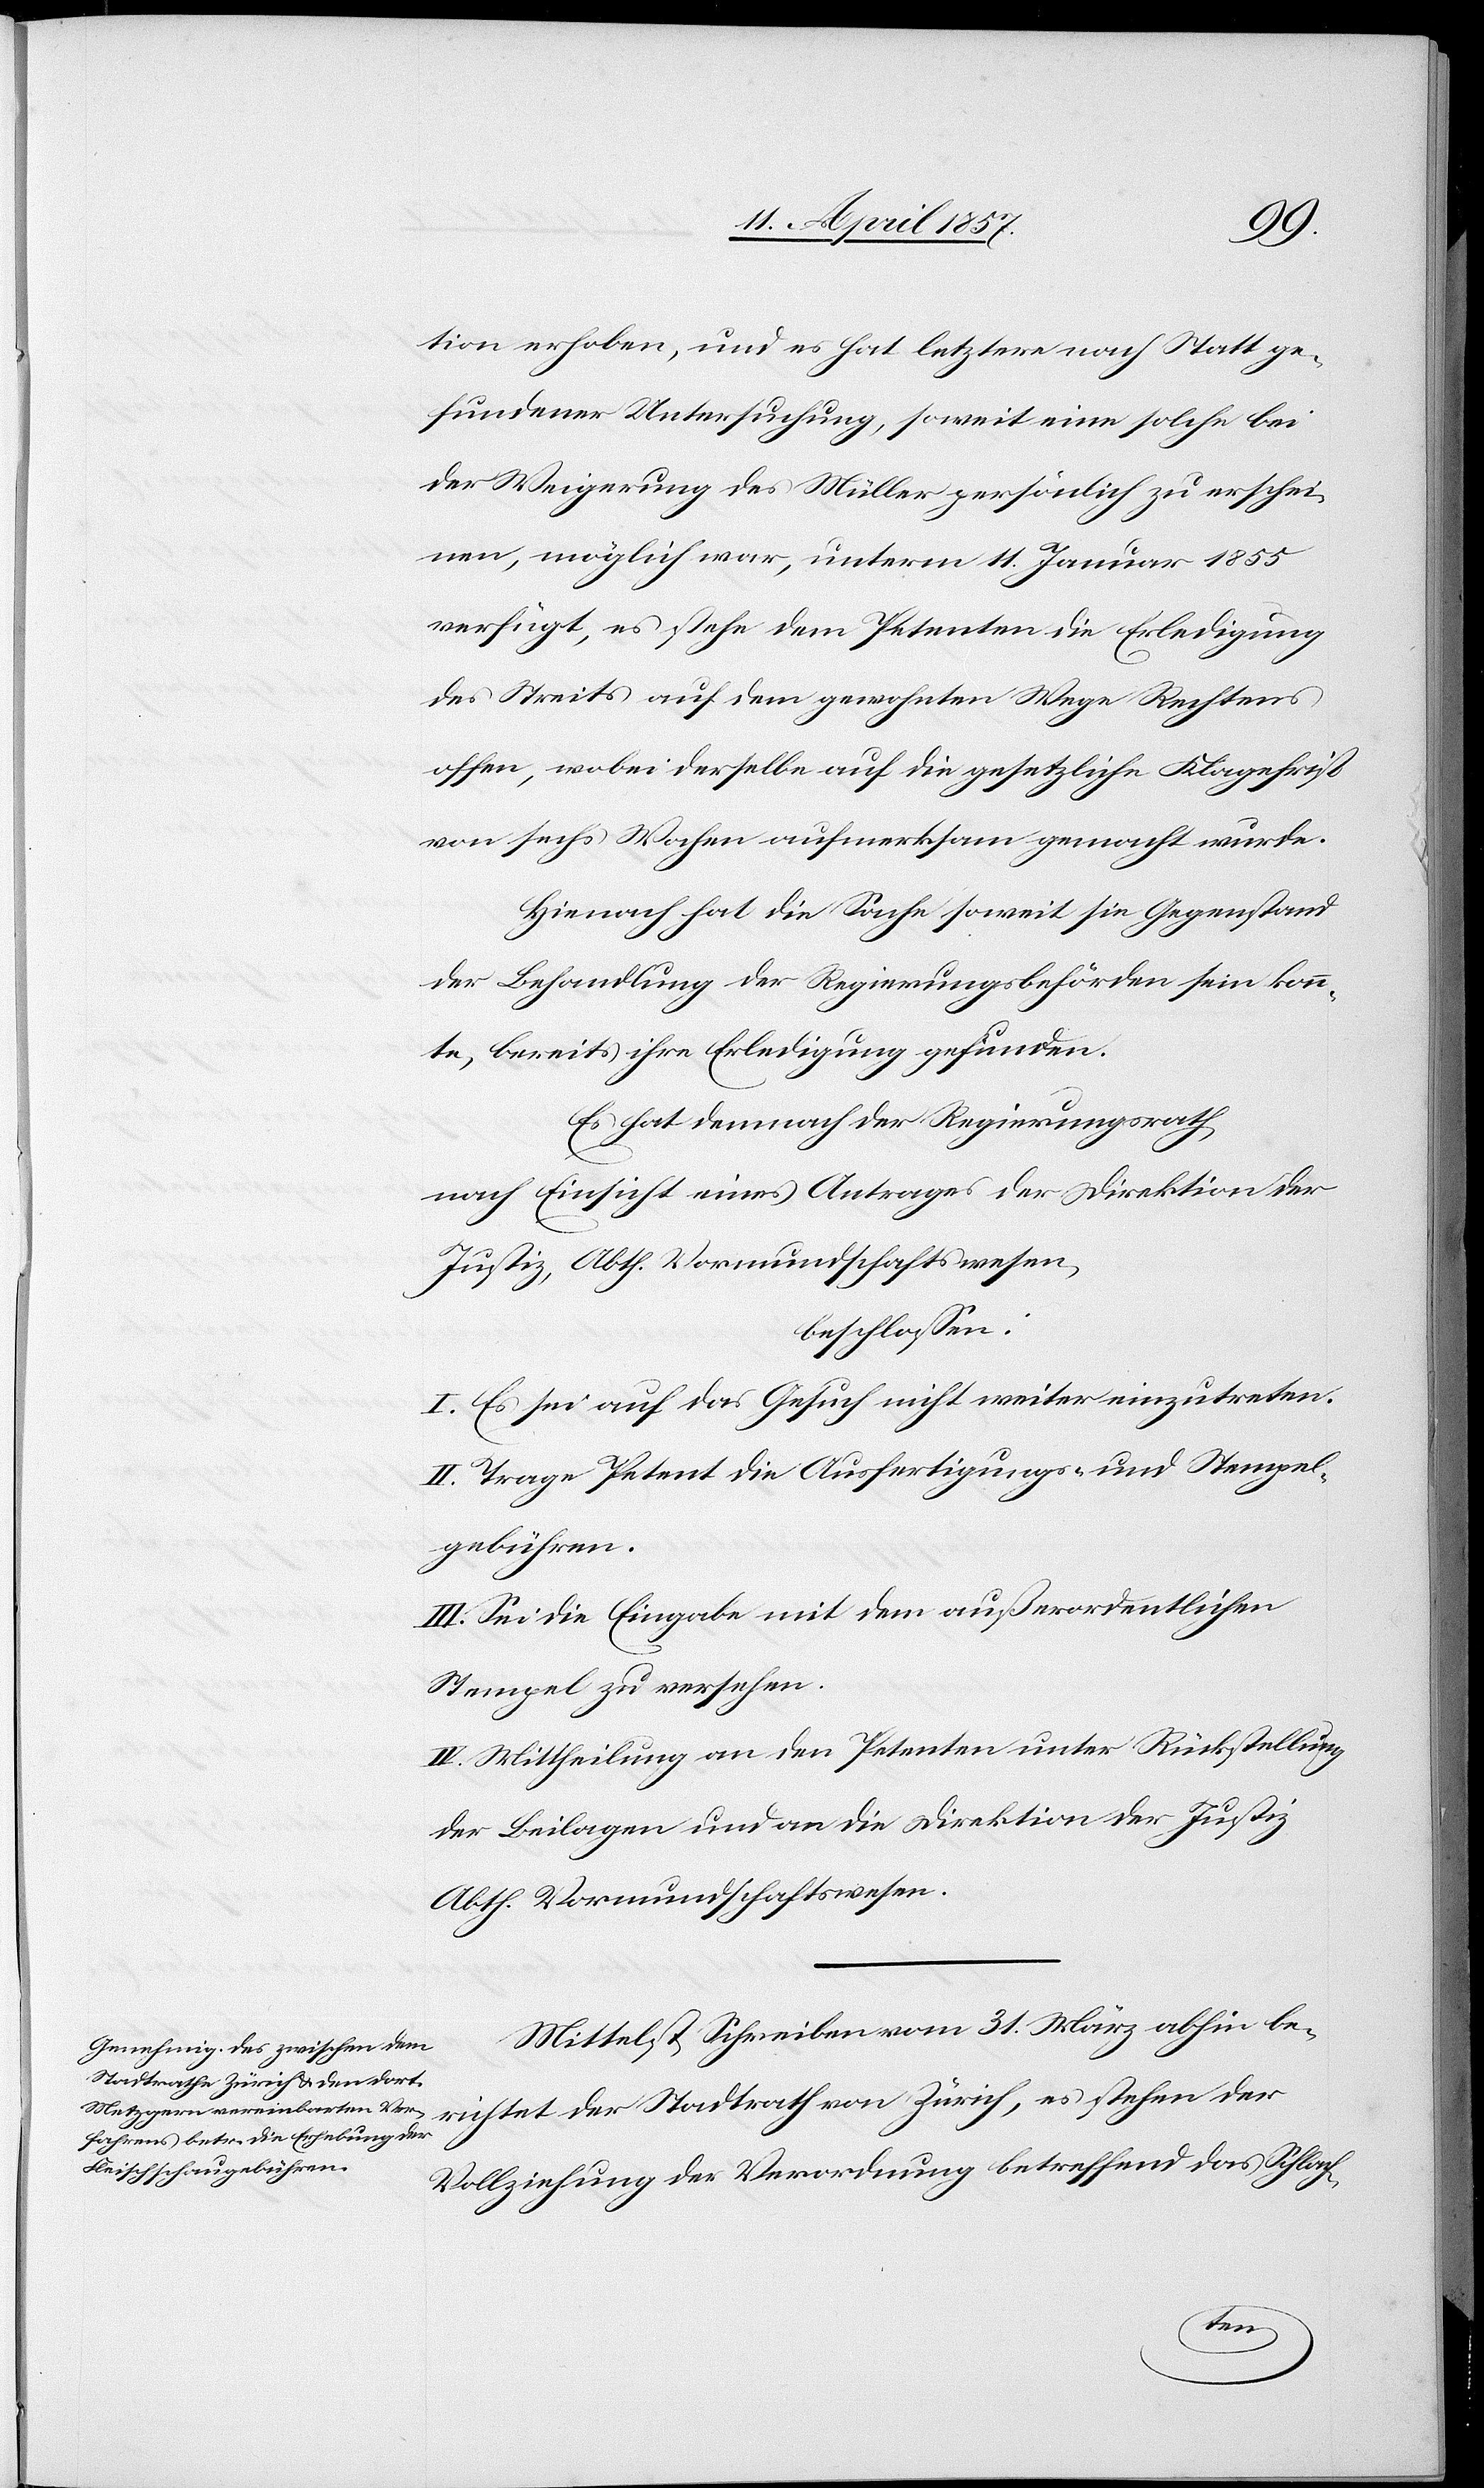
tion erhoben, und es hat letztere nach Statt ge¬
fundener Untersuchung, soweit eine solche bei
der Weigerung des Müller persönlich zu erschei¬
nen, möglich war, unterm 11. Januar 1855
verfügt, es stehe dem Petenten die Erledigung
des Streits auf dem gewohnten Wege Rechtens
offen, wobei derselbe auf die gesetzliche Klagefrist
von sechs Wochen aufmerksam gemacht wurde.
Hienach hat die Sache soweit sie Gegenstand
der Behandlung der Regierungsbehörden sein konn¬
te, bereits ihre Erledigung gefunden.
Es hat demnach der Regierungsrath,
nach Einsicht eines Antrages der Direktion der
Justiz, Abth. Vormundschaftswesen,
beschlossen:
I. Es sei auf das Gesuch nicht weiter einzutreten.
II. Trage Petent die Ausfertigungs- und Stempel¬
gebühren.
III. Sei die Eingabe mit dem außerordentlichen
Stempel zu versehen.
IV. Mittheilung an den Petenten unter Rückstellung
der Beilagen und an die Direktion der Justiz
Abth. Vormundschaftswesen.
Mittelst Schreiben vom 31. März abhin be¬
richtet der Stadtrath von Zürich, es stehen der
Vollziehung der Verordnung betreffend das Schlach-